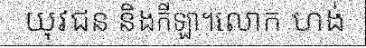
យុវជន និងកីឡា។លោក ហង់